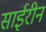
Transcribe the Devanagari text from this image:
साईरीन